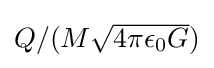
{\textstyle Q/(M{\sqrt {4\pi \epsilon _{0}G}})}